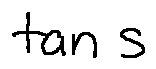
\tan s